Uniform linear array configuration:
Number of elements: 16
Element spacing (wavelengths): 0.75
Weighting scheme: binomial
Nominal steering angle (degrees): -30
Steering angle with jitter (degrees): -29.262
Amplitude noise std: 0.05
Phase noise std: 0.05

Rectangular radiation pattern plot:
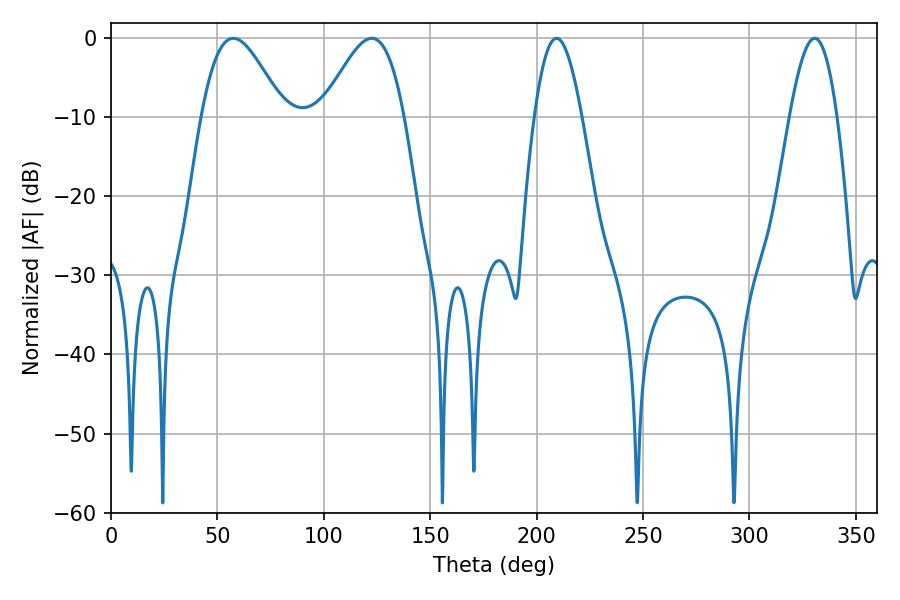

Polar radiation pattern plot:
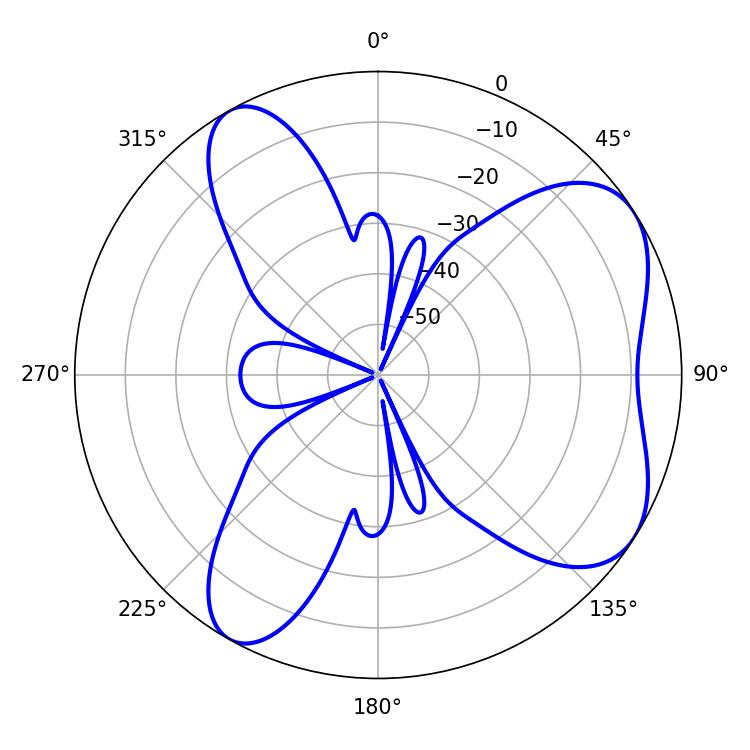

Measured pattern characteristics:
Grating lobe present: TRUE
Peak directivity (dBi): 6.183
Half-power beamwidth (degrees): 12.06
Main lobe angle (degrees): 209.34